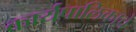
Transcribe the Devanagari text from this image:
कार्यपालिकाचे